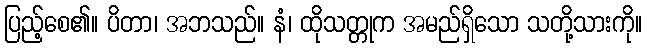
ပြည့်စေ၏။ ပိတာ၊ အဘသည်။ နံ၊ ထိုသတ္တုက အမည်ရှိသော သတို့သားကို။